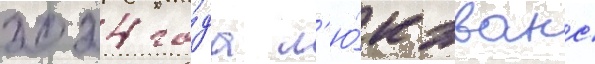
2024 го́да л'ю́к эванс